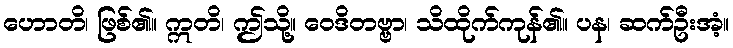
ဟောတိ၊ ဖြစ်၏။ ဣတိ၊ ဤသို့။ ဝေဒိတဗ္ဗာ၊ သိထိုက်ကုန်၏။ ပန၊ ဆက်ဦးအံ့။